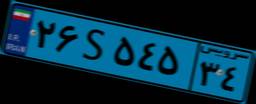
۵۵S۸۷۰۲۰